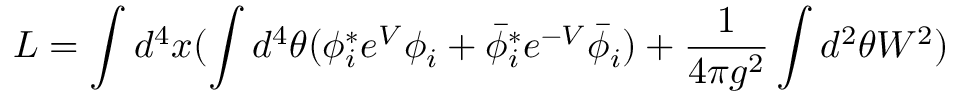
L = \int d ^ { 4 } x ( \int d ^ { 4 } \theta ( \phi _ { i } ^ { * } e ^ { V } \phi _ { i } + \bar { \phi } _ { i } ^ { * } e ^ { - V } \bar { \phi } _ { i } ) + { \frac { 1 } { 4 \pi g ^ { 2 } } } \int d ^ { 2 } \theta W ^ { 2 } )